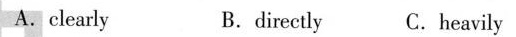
A.clearly B.directly C.heavily